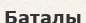
Баталы